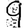
Digit: 9